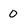
Character: 0